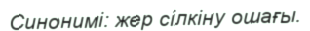
Синонимі: жер сілкіну ошағы.